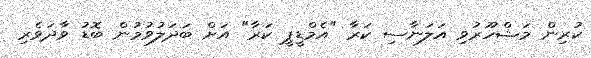
ކުރިން މަޝްހޫރުވި އަލަނާސި ކަރާ "އެމްޑީޕީ ކަރާ" އަށް ބަދަލުވުމުން ބޮޑު ވާދަވެރި